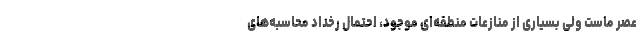
عصر ماست ولی بسیاری از منازعات منطقه‌ای موجود، احتمال رخداد محاسبه‌های